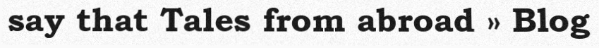
say that Tales from abroad » Blog